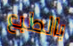
بالطبع